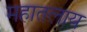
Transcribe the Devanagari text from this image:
महातलाय